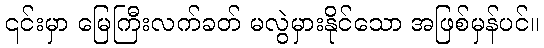
၎င်းမှာ မြေကြီးလက်ခတ် မလွဲမှားနိုင်သော အဖြစ်မှန်ပင်။